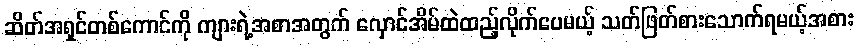
ဆိတ်အရှင်တစ်ကောင်ကို ကျားရဲ့အစာအတွက် လှောင်အိမ်ထဲထည့်လိုက်ပေမယ့် သတ်ဖြတ်စားသောက်ရမယ့်အစား